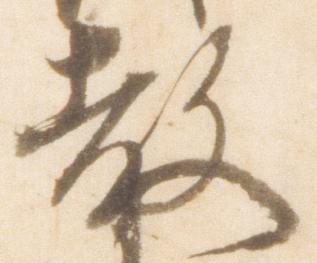
教